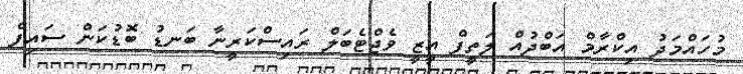
މުހައްމަދު އިކްރާމް އަބްދުއް ލަތީފް އީޒީ ވެޖްޓެބަލް ރައިސްކަރީނާ ބަނޑު ބޮޑުކަން ސައިފް